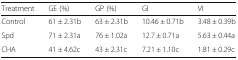
| Treatment | GE (%) | GP (%) | GI | VI |
 | --- | --- | --- | --- | --- |
 | Control | 61 ± 2.31b | 63 ± 2.31b | 10.46 ± 0.71b | 3.48 ± 0.39b |
 | Spd | 71 ± 2.31a | 76 ± 1.02a | 12.7 ± 0.71a | 5.63 ± 0.44a |
 | CHA | 41 ± 4.62c | 43 ± 2.31c | 7.21 ± 1.10c | 1.81 ± 0.29c |